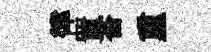
律置杳重